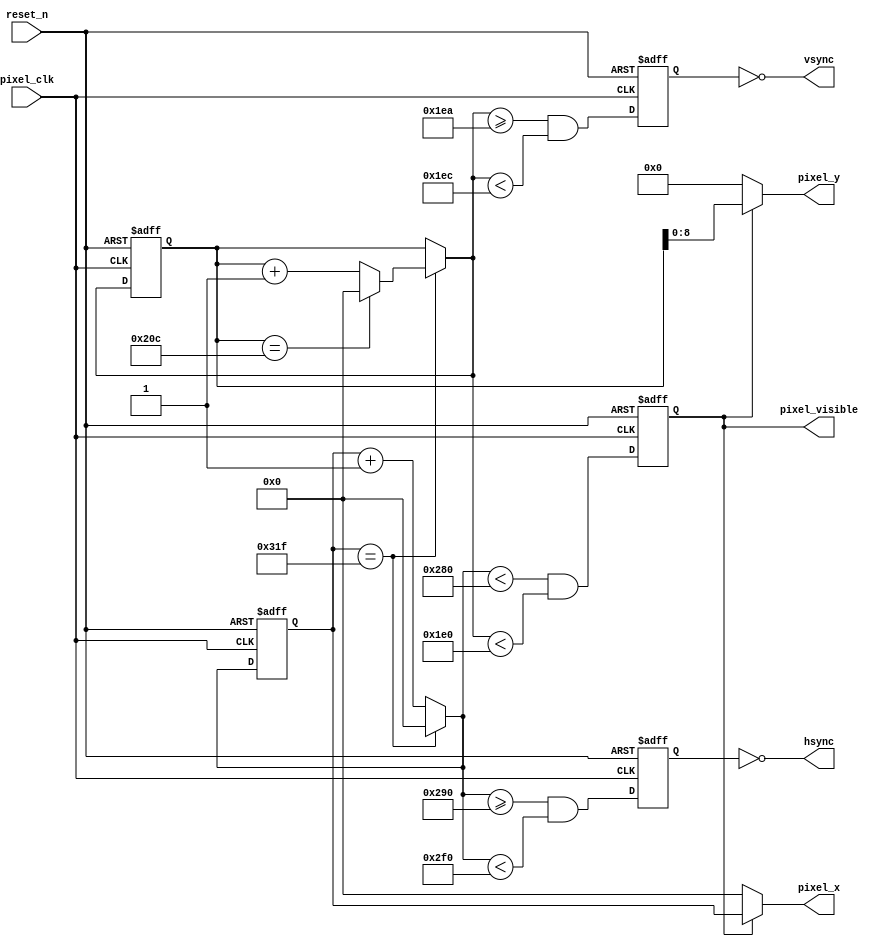

//
// Standard VGA synchro-signal generator.
// Provides both sync signals and currently displayed pixel coordinates.
// Coordinates signal are always monotonically increasing and wrap to
// zero once maximal size is reached.
//
module vga_sync_generator #(
    parameter HSIZE = 640,
    parameter HFPORCH = 16,
    parameter HSYNC = 96,
    parameter HBPORCH = 48,
    parameter HSYNC_POSITIVE = 0,
    parameter VSIZE = 480,
    parameter VFPORCH = 10,
    parameter VSYNC = 2,
    parameter VBPORCH = 33,
    parameter VSYNC_POSITIVE = 0
    )(
    // Clock that is used to advance outputs to the next pixel.
    // Frequency must correspond to module parameters that define image format.
    input wire pixel_clk,
    input wire reset_n,

    output wire hsync,
    output wire vsync,
    output wire[$clog2(HSIZE)-1:0] pixel_x,
    output wire[$clog2(VSIZE)-1:0] pixel_y,
    output wire pixel_visible
);
    localparam HTOTAL = HSIZE + HFPORCH + HSYNC + HBPORCH;
    localparam VTOTAL = VSIZE + VFPORCH + VSYNC + VBPORCH;

    parameter HBITS = $clog2(HTOTAL);
    parameter VBITS = $clog2(VTOTAL);

    reg[HBITS-1:0] column;
    reg[VBITS-1:0] row;
    wire[HBITS-1:0] column_next;
    wire[VBITS-1:0] row_next;

    always @(posedge pixel_clk or negedge reset_n) begin
        if (~reset_n) begin
            column <= 1'b0;
        end
        else begin
            column <= column_next;
        end
    end

    always @(posedge pixel_clk or negedge reset_n) begin
        if (~reset_n) begin
            row <= 1'b0;
        end
        else begin
            row <= row_next;
        end
    end

    assign column_next = column == HTOTAL - 1 ? {HBITS{1'b0}} : column + 1'b1;
    assign row_next = column == HTOTAL - 1
                      ? (row == VTOTAL - 1 ? {VBITS{1'b0}} : row + 1'b1)
                      : row;

    reg pixel_visible_reg;
    wire pixel_visible_reg_next;

    always @(posedge pixel_clk or negedge reset_n) begin
        if (~reset_n) begin
            pixel_visible_reg <= 1'b0;
        end
        else begin
            pixel_visible_reg <= pixel_visible_reg_next;
        end
    end

    assign pixel_visible_reg_next = column_next < HSIZE && row_next < VSIZE;

    assign pixel_x = pixel_visible_reg ? column : {HBITS{1'b0}};
    assign pixel_y = pixel_visible_reg ? row : {VBITS{1'b0}};
    assign pixel_visible = pixel_visible_reg;

    reg hsync_reg;
    wire hsync_reg_next;

    always @(posedge pixel_clk or negedge reset_n) begin
        if (~reset_n) begin
            hsync_reg <= 1'b0;
        end
        else begin
            hsync_reg <= hsync_reg_next;
        end
    end

    assign hsync_reg_next = column_next >= HSIZE + HFPORCH && column_next < HSIZE + HFPORCH + HSYNC;

    assign hsync = HSYNC_POSITIVE ? hsync_reg : ~hsync_reg;

    reg vsync_reg;
    wire vsync_reg_next;

    always @(posedge pixel_clk or negedge reset_n) begin
        if (~reset_n) begin
            vsync_reg <= 1'b0;
        end
        else begin
            vsync_reg <= vsync_reg_next;
        end
    end

    assign vsync_reg_next = row_next >= VSIZE + VFPORCH && row_next < VSIZE + VFPORCH + VSYNC;

    assign vsync = VSYNC_POSITIVE ? vsync_reg : ~vsync_reg;

endmodule